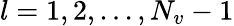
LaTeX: l=1,2,...,N_{v}-1